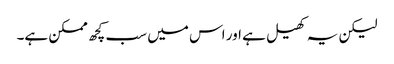
لیکن یہ کھیل ہے اور اس میں سب کچھ ممکن ہے۔